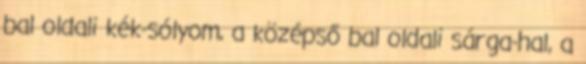
bal oldali kék-sólyom, a középső bal oldali sárga-hal, a